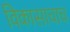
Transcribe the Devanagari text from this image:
विकासाचाच